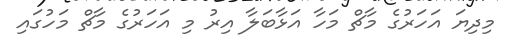
މިދިޔަ އަހަރުގެ މާޗް މަހާ އަޅާބަލާ އިރު މި އަހަރުގެ މާޗް މަހުގައި